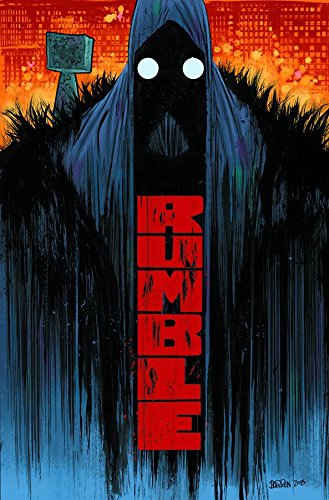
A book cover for Rumble Volume 1: What Color of Darkness? (Rumble Tp); John Arcudi; Comics & Graphic Novels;